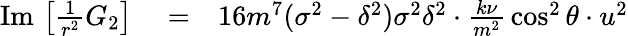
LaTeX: \begin{array}{rlr}{\mathrm{Im}\, \left[\frac{1}{r^{2}}G_{2}\right]}&{{}=}&{16m^{7}(\sigma^{2}-\delta^{2})\sigma^{2}\delta^{2}\cdot\frac{k\nu}{m^{2}}\, \cos^{2}\theta\cdot u^{2}}\end{array}